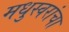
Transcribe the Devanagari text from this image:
मधुस्वरांचा